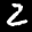
Label: 2